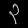
Digit: ၃